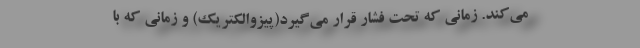
می‌کند. زمانی که تحت فشار قرار می‌گیرد(پیزوالکتریک) و زمانی که با